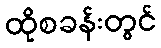
ထိုစခန်းတွင်